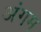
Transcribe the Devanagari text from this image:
अंगम